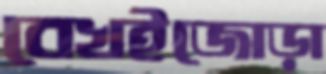
বেখইজোড়া